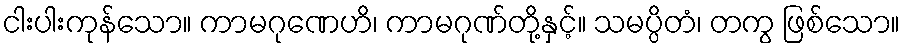
ငါးပါးကုန်သော။ ကာမဂုဏေဟိ၊ ကာမဂုဏ်တို့နှင့်။ သမပ္ပိတံ၊ တကွ ဖြစ်သော။